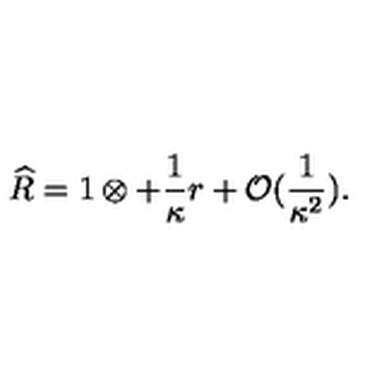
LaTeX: \widehat { R } = 1 \otimes + \frac { 1 } { \kappa } r + { \cal O } ( \frac { 1 } { \kappa ^ { 2 } } ) .